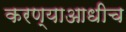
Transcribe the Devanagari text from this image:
करण्याआधीच